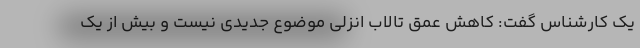
یک کارشناس گفت: کاهش عمق تالاب انزلی موضوع جدیدی نیست و بیش از یک